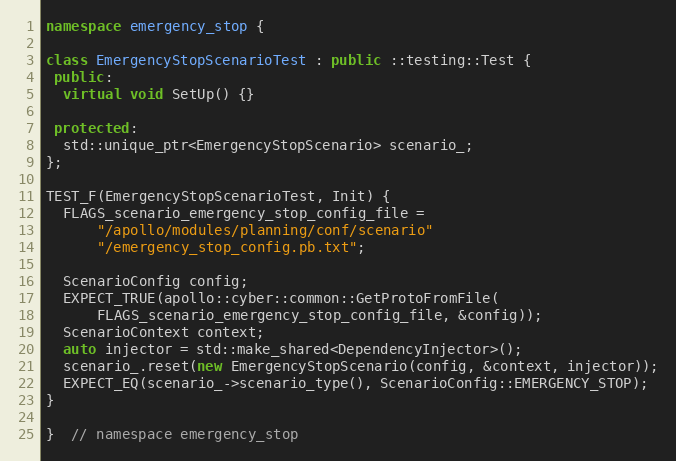
Language: C++
namespace emergency_stop {

class EmergencyStopScenarioTest : public ::testing::Test {
 public:
  virtual void SetUp() {}

 protected:
  std::unique_ptr<EmergencyStopScenario> scenario_;
};

TEST_F(EmergencyStopScenarioTest, Init) {
  FLAGS_scenario_emergency_stop_config_file =
      "/apollo/modules/planning/conf/scenario"
      "/emergency_stop_config.pb.txt";

  ScenarioConfig config;
  EXPECT_TRUE(apollo::cyber::common::GetProtoFromFile(
      FLAGS_scenario_emergency_stop_config_file, &config));
  ScenarioContext context;
  auto injector = std::make_shared<DependencyInjector>();
  scenario_.reset(new EmergencyStopScenario(config, &context, injector));
  EXPECT_EQ(scenario_->scenario_type(), ScenarioConfig::EMERGENCY_STOP);
}

}  // namespace emergency_stop